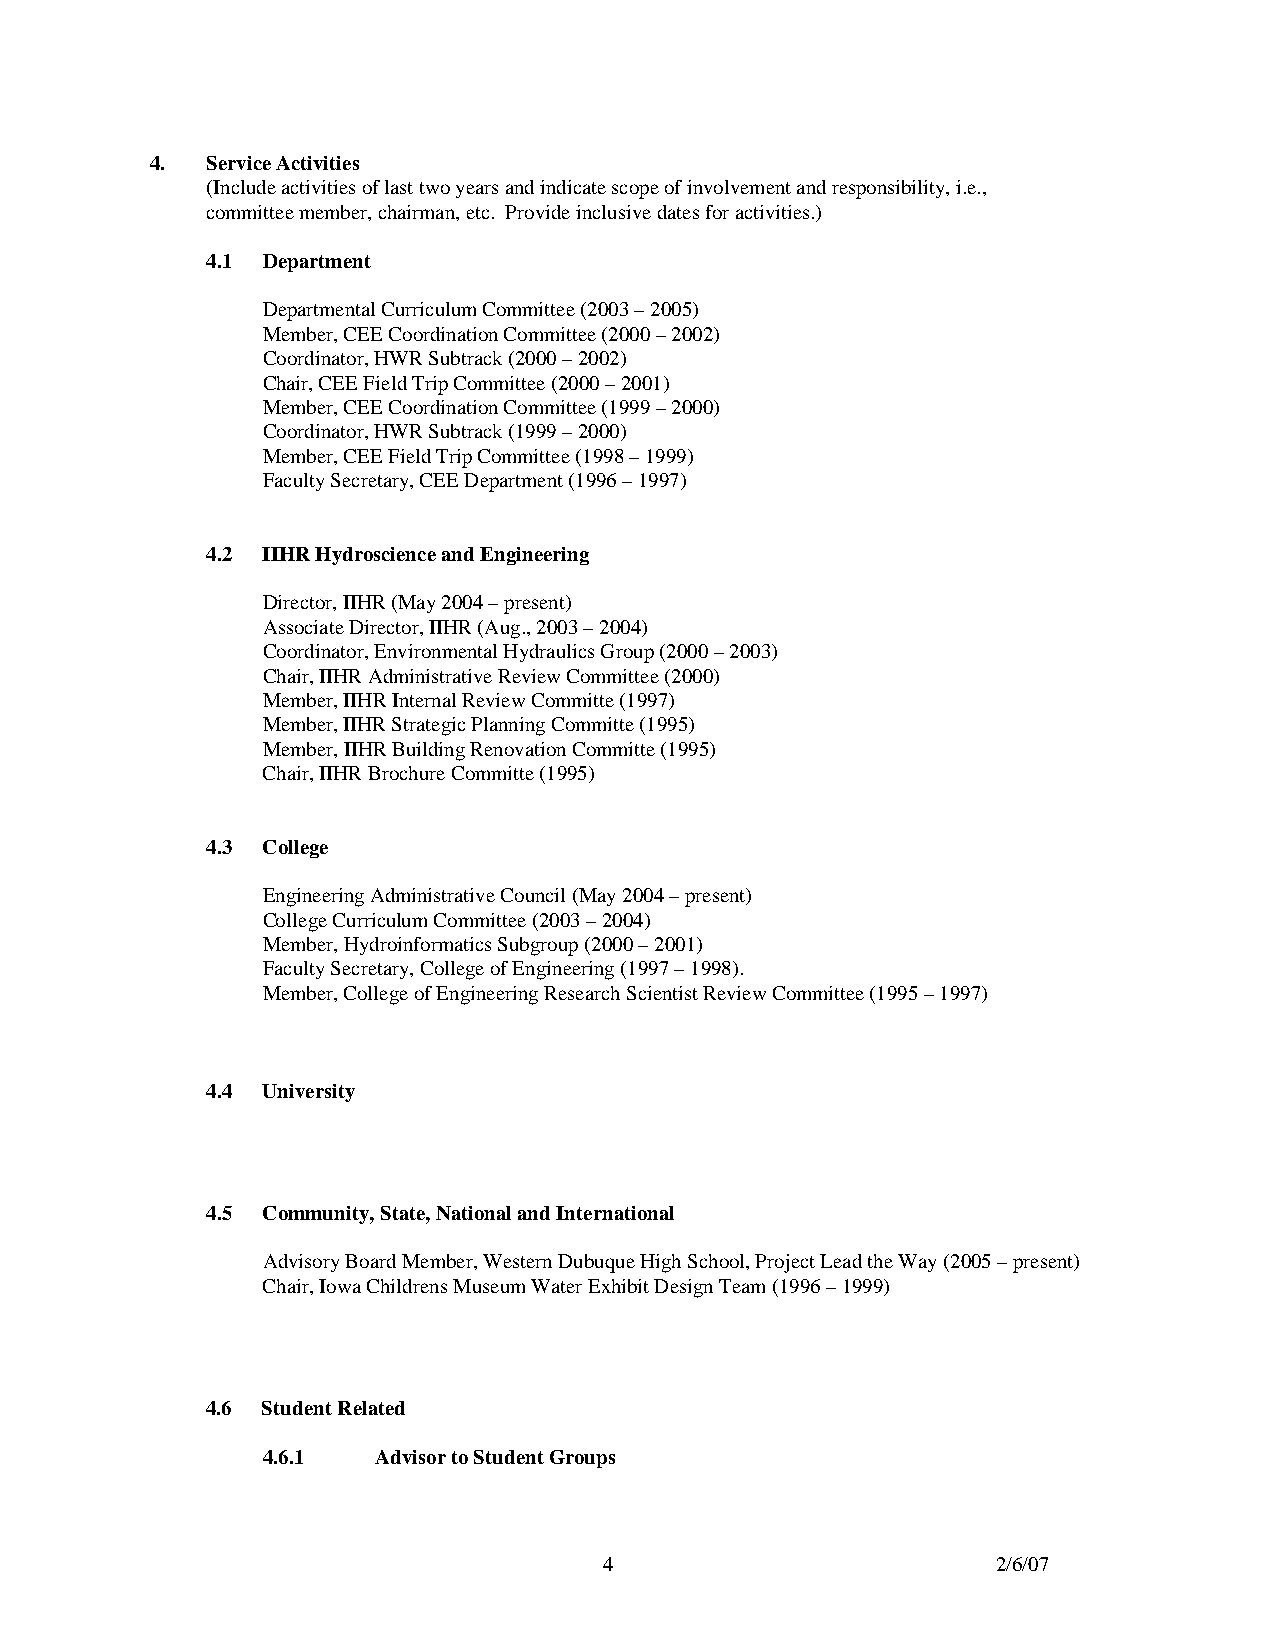
4.  Service Activities
 (Include activities of last two years and indicate scope of involvement and responsibility, i.e.,
 committee member, chairman, etc. Provide inclusive dates for activities.)
 4.1 Department
 Departmental Curriculum Committee (2003 – 2005)
 Member, CEE Coordination Committee (2000 – 2002)
 Coordinator, HWR Subtrack (2000 – 2002)
 Chair, CEE Field Trip Committee (2000 – 2001)
 Member, CEE Coordination Committee (1999 – 2000)
 Coordinator, HWR Subtrack (1999 – 2000)
 Member, CEE Field Trip Committee (1998 – 1999)
 Faculty Secretary, CEE Department (1996 – 1997)
 4.2 IIHR Hydroscience and Engineering
 Director, IIHR (May 2004 – present)
 Associate Director, IIHR (Aug., 2003 – 2004)
 Coordinator, Environmental Hydraulics Group (2000 – 2003)
 Chair, IIHR Administrative Review Committee (2000)
 Member, IIHR Internal Review Committe (1997)
 Member, IIHR Strategic Planning Committe (1995)
 Member, IIHR Building Renovation Committe (1995)
 Chair, IIHR Brochure Committe (1995)
 4.3 College
 Engineering Administrative Council (May 2004 – present)
 College Curriculum Committee (2003 – 2004)
 Member, Hydroinformatics Subgroup (2000 – 2001)
 Faculty Secretary, College of Engineering (1997 – 1998).
 Member, College of Engineering Research Scientist Review Committee (1995 – 1997)
 4.4 University
 4.5 Community, State, National and International
 Advisory Board Member, Western Dubuque High School, Project Lead the Way (2005 – present)
 Chair, Iowa Childrens Museum Water Exhibit Design Team (1996 – 1999)
 4.6 Student Related
 4.6.1   Advisor to Student Groups
 4                         2/6/07